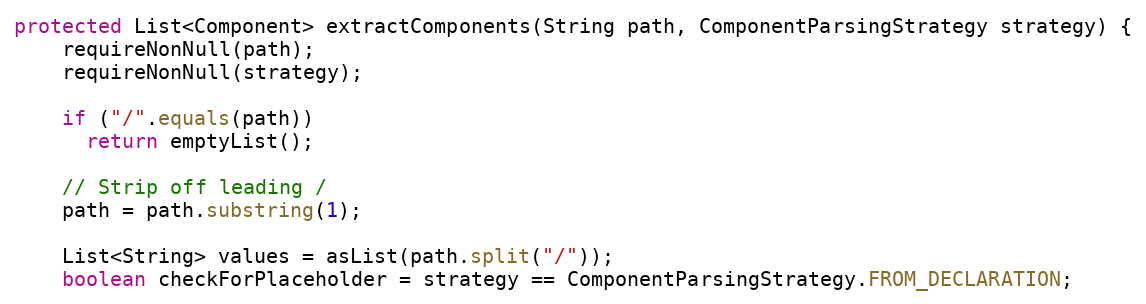
Language: Java
protected List<Component> extractComponents(String path, ComponentParsingStrategy strategy) {
    requireNonNull(path);
    requireNonNull(strategy);

    if ("/".equals(path))
      return emptyList();

    // Strip off leading /
    path = path.substring(1);

    List<String> values = asList(path.split("/"));
    boolean checkForPlaceholder = strategy == ComponentParsingStrategy.FROM_DECLARATION;